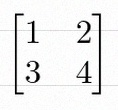
\begin{bmatrix}1&2\\3&4\end{bmatrix}